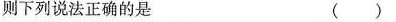
则下列说法正确的是 ()